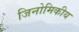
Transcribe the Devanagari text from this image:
जिनोमिकीय